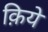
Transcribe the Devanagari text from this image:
क़िये